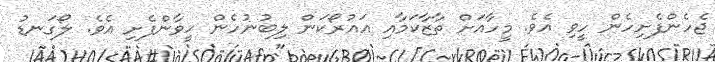
ޖެހެންފެށިހެން ހީވި އެވެ. މީހާއަށް ތާޒާކަމާއި އައުރޯކަން ލިބުނުހެން ހީވާންފެށި އެވެ. ލޯގަނޑު